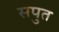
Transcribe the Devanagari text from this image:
सपुत